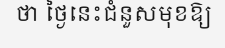
ថា ថ្ងៃនេះជំនួសមុខឱ្យ